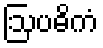
ဩပဓိကံ